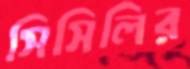
সিসিলির